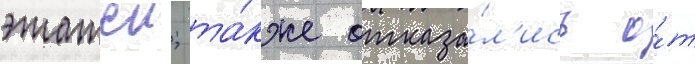
этажеи; та́кже отказа́л'ись о́т